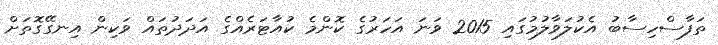
ތަފާސްހިސާބު އެކުލަވާލުމުގައި 2015 ވަނަ އަހަރުގެ ކޮންމެ ކުއާޓަރެއްގެ އަދަދުތައް ވަކިން އިނގޭގޮތަށް